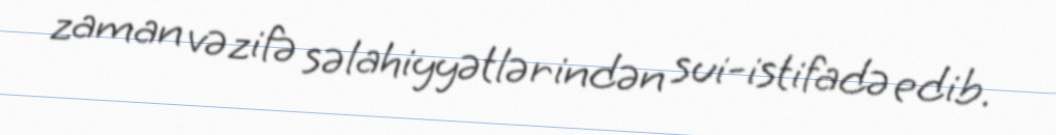
zaman vəzifə səlahiyyətlərindən sui-istifadə edib.